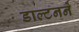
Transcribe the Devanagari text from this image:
डाल्टनने